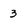
Character: 3